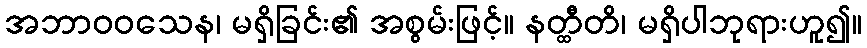
အဘာဝဝသေန၊ မရှိခြင်း၏ အစွမ်းဖြင့်။ နတ္ထီတိ၊ မရှိပါဘုရားဟူ၍။